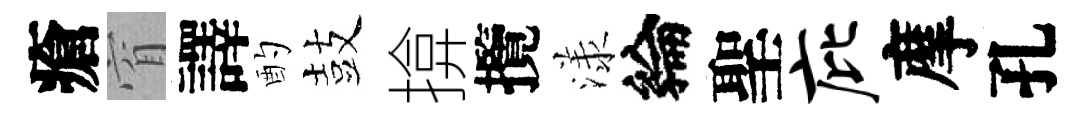
瘡窅譯酌鼓揜攬漾綸聖庇摩孔